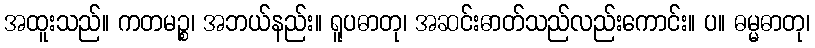
အထူးသည်။ ကတမဉ္စ၊ အဘယ်နည်း။ ရူပဓာတု၊ အဆင်းဓာတ်သည်လည်းကောင်း။ ပ။ ဓမ္မဓာတု၊